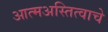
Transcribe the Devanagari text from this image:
आत्मअस्तित्वाचे